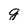
Character: g